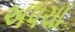
અપચા